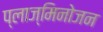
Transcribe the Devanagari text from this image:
प्लाज्मिनोजन